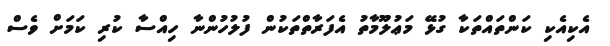
އެކިއެކި ކަންތައްތަކާ ގުޅޭ މަޢުލޫމާތު އެފަރާތްތަކުން ފުލުހުންނާ ހިއްސާ ކުރި ކަމަށް ވެސް